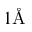
1 \mathrm { \AA }